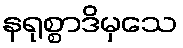
နရုစ္စာဒိမှသေ